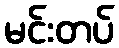
မင်းတပ်